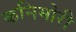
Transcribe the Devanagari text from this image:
कनिमोरी